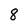
Character: 8